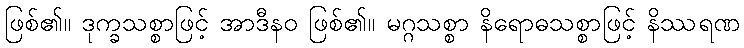
ဖြစ်၏။ ဒုက္ခသစ္စာဖြင့် အာဒီနဝ ဖြစ်၏။ မဂ္ဂသစ္စာ နိရောဓသစ္စာဖြင့် နိဿရဏ